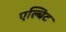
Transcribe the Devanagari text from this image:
एल्बिट